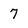
Character: 7